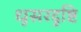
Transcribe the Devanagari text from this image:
धूसरदृष्टि